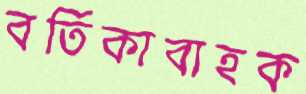
বর্তিকাবাহক